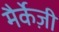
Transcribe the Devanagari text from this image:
मैर्केज़ी